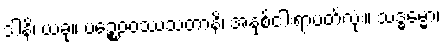
ဒါနိ၊ ယခု။ ပဉ္စေဝဝဿသတာနိ၊ အနှစ်ငါးရာပတ်လုံး။ သဒ္ဓမ္မော၊